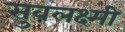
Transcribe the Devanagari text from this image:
सुवलक्ष्मी